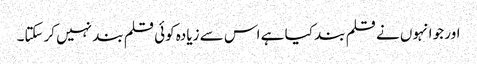
اور جو انہوں نے قلم بند کیا ہے اس سے زیادہ کوئی قلم بند نہیں کرسکتا۔